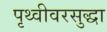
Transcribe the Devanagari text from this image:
पृथ्वीवरसुद्धा